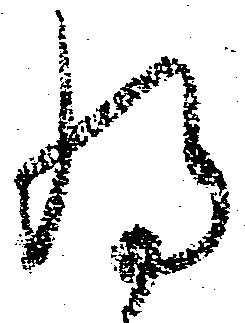
将